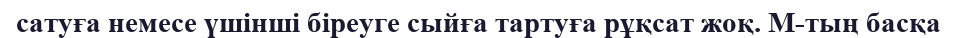
сатуға немесе үшінші біреуге сыйға тартуға рұқсат жоқ. М-тың басқа